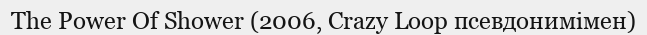
The Power Of Shower (2006, Crazy Loop псевдонимімен)